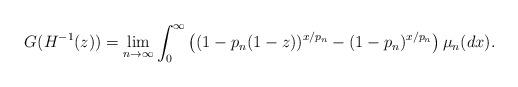
LaTeX: \begin{align*} G(H^{-1}(z)) = \lim_{n\to\infty} \int_0^\infty \big((1-p_n(1-z))^{x/p_n} - (1-p_n)^{x/p_n}\big)\,\mu_n(dx).\end{align*}